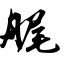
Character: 艉